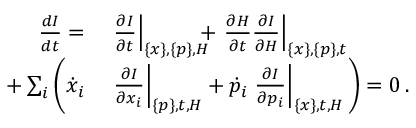
\begin{array} { r l } { \frac { d I } { d t } = } & { { } \left. \frac { \partial I } { \partial t } \right| _ { \{ x \} , \{ p \} , H } \! \! \! \! + \left. \frac { \partial H } { \partial t } \frac { \partial I } { \partial H } \right| _ { \{ x \} , \{ p \} , t } } \\ { + \sum _ { i } \bigg ( \dot { x } _ { i } } & { { } \left. \frac { \partial I } { \partial x _ { i } } \right| _ { \{ p \} , t , H } + \dot { p } _ { i } \left. \frac { \partial I } { \partial p _ { i } } \right| _ { \{ x \} , t , H } \bigg ) = 0 \, . } \end{array}